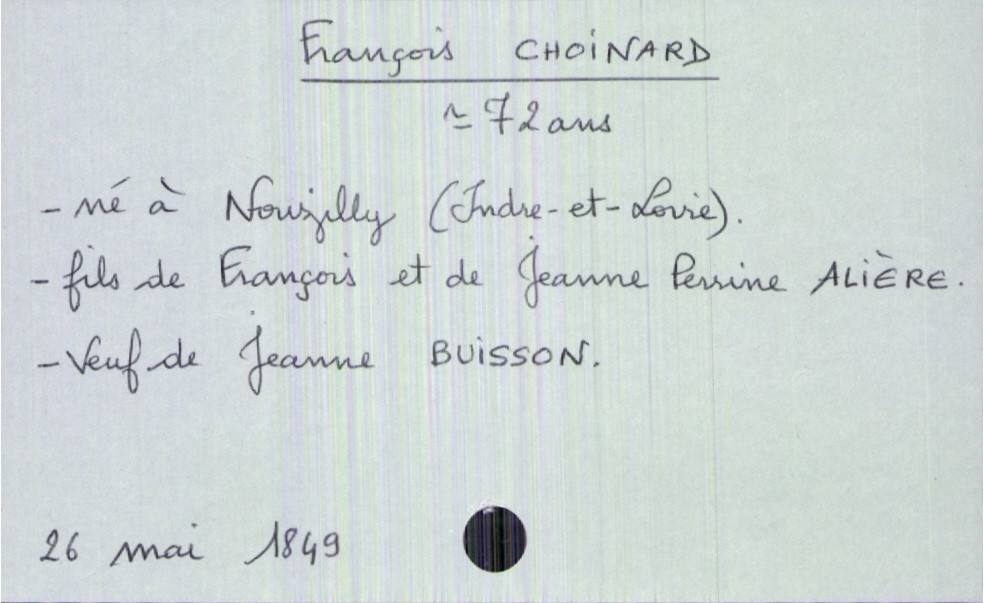
type_acte: Décès
année: 1849
mois: mai
jour: 26
défunt_nom: Choinard
défunt_prénom: François
défunt_sexe: H
défunt_âge: 72 ans
défunt_lieu_de_naissance: Nouzilly (Indre-et-Loire)
défunt_statut: veuf(ve)
père_défunt_nom: Choinard
père_défunt_prénom: François
mère_défunt_nom: Alière
mère_défunt_prénom: Jeanne Perrine